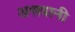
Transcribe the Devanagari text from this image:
असवानी